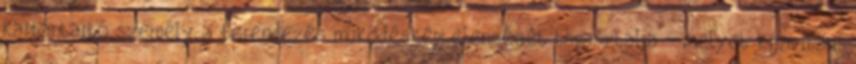
karbantartó személy a berendezés mûködésképtelenségét tapasztalja - melyet kijavítani